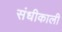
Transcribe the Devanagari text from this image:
संधीकाली